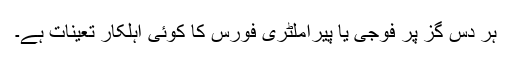
ہر دس گز پر فوجی یا پیراملٹری فورس کا کوئی اہلکار تعینات ہے۔